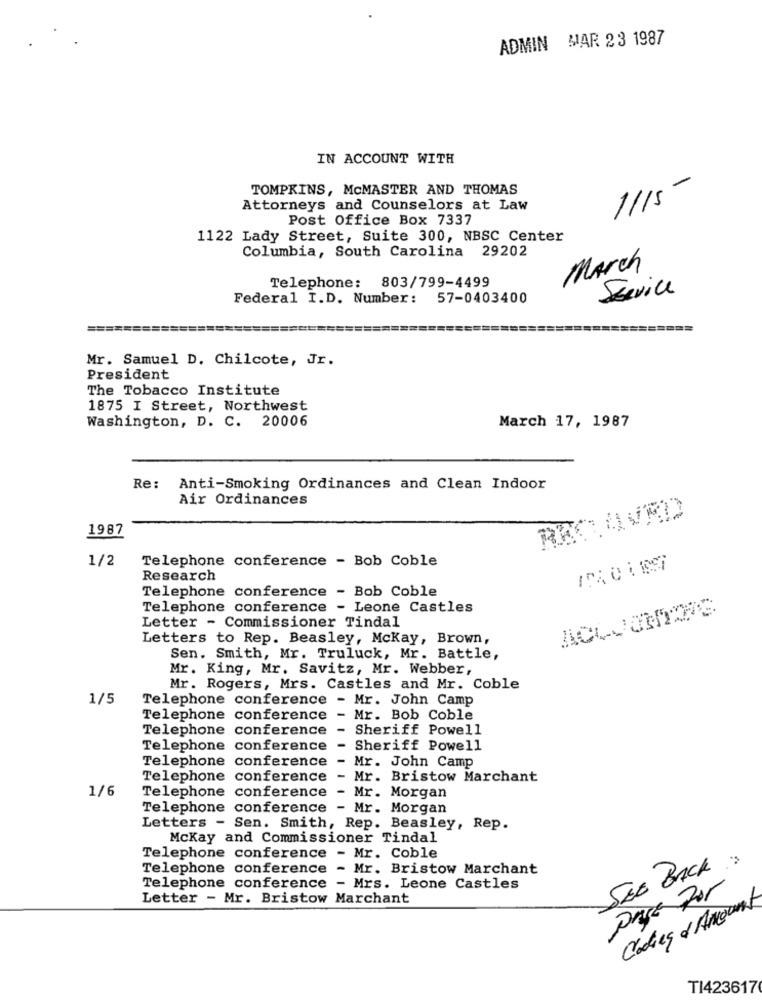
ADMIN MAR 23 1987
IN ACCOUNT WITH
-
TOMPKINS, MCMASTER AND THOMAS
1115
Attorneys and Counselors at Law
Post Office Box 7337
1122 Lady Street, Suite 300, NBSC Center
Columbia, South Carolina 29202
March
Telephone: 803/799-4499
Federal I.D. Number: 57-0403400
Service
Mr. Samuel D. Chilcote, Jr.
President
The Tobacco Institute
1875 I Street, Northwest
Washington, D. C. 20006
March 17, 1987
Re:
Anti-Smoking Ordinances and Clean Indoor
Air Ordinances
RICAVRD
1987
1/2
Telephone conference - Bob Coble
Research
Telephone conference - Bob Coble
Telephone conference - Leone Castles
Letter - Commissioner Tindal
Letters to Rep. Beasley, Mckay, Brown,
Sen. Smith, Mr. Truluck, Mr. Battle,
Mr. King, Mr. Savitz, Mr. Webber,
Mr. Rogers, Mrs. Castles and Mr. Coble
1/5
Telephone conference - Mr. John Camp
Telephone conference - Mr. Bob Coble
Telephone conference -
Sheriff Powell
Telephone conference
Sheriff Powell
-
Mr. John Camp
Telephone conference
Telephone conference
-
Mr. Bristow Marchant
1/6
Telephone conference -
Mr. Morgan
Telephone conference - Mr. Morgan
Letters - Sen. Smith, Rep. Beasley, Rep.
Mckay and Commissioner Tindal
Telephone conference - Mr. Coble
Telephone conference - Mr. Bristow Marchant
SEE BACK :
Telephone conference - Mrs. Leone Castles
Letter - Mr. Bristow Marchant
Clodieg & Amount
TI423617